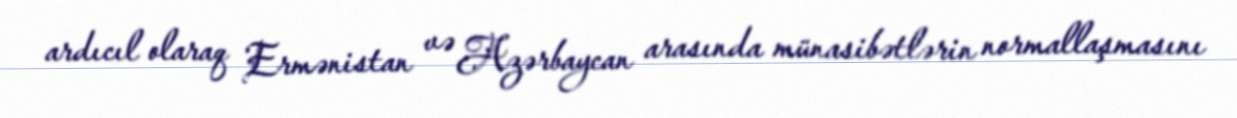
ardıcıl olaraq Ermənistan və Azərbaycan arasında münasibətlərin normallaşmasını